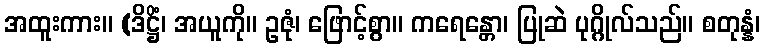
အထူးကား။ (ဒိဋ္ဌိံ၊ အယူကို။ ဥဇုံ၊ ဖြောင့်စွာ။ ကရေန္တော၊ ပြုဆဲ ပုဂ္ဂိုလ်သည်။ စတုန္နံ၊